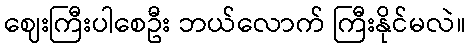
ဈေးကြီးပါစေဦး ဘယ်လောက် ကြီးနိုင်မလဲ။